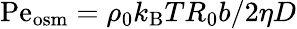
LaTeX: \mathrm{Pe}_{\mathrm{osm}}=\rho_{0}k_{\mathrm{B}}TR_{0}b/2\eta D